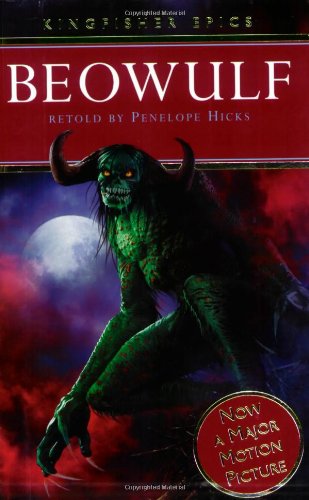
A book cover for Beowulf (KINGFISHER EPICS); Penelope Hicks; Children's Books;